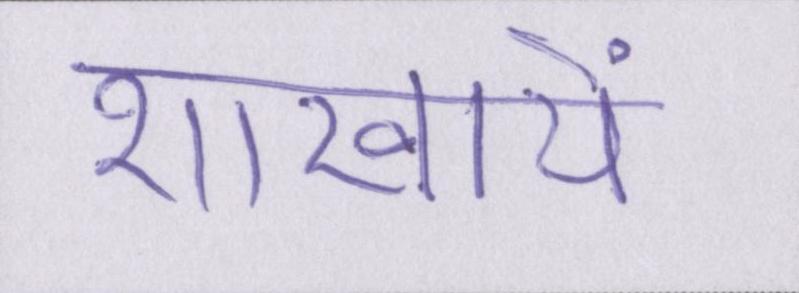
शाखायें